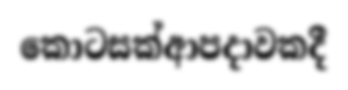
කොටසක්ආපදාවකදී